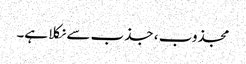
مجذوب ، جذب سے نکلا ہے۔